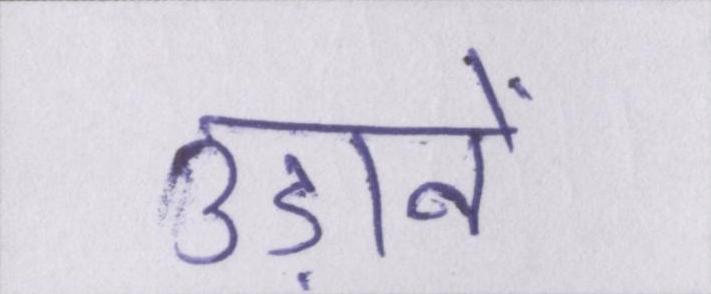
उड़ानें